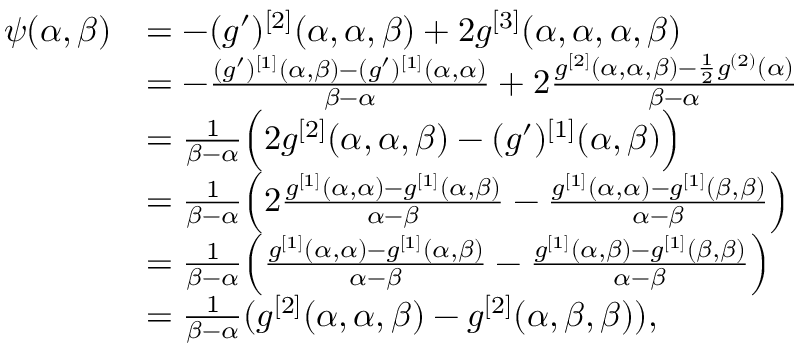
\begin{array} { r l } { \psi ( \alpha , \beta ) } & { = - ( g ^ { \prime } ) ^ { [ 2 ] } ( \alpha , \alpha , \beta ) + 2 g ^ { [ 3 ] } ( \alpha , \alpha , \alpha , \beta ) } \\ & { = - \frac { ( g ^ { \prime } ) ^ { [ 1 ] } ( \alpha , \beta ) - ( g ^ { \prime } ) ^ { [ 1 ] } ( \alpha , \alpha ) } { \beta - \alpha } + 2 \frac { g ^ { [ 2 ] } ( \alpha , \alpha , \beta ) - \frac { 1 } { 2 } g ^ { ( 2 ) } ( \alpha ) } { \beta - \alpha } } \\ & { = \frac { 1 } { \beta - \alpha } \Big ( 2 g ^ { [ 2 ] } ( \alpha , \alpha , \beta ) - ( g ^ { \prime } ) ^ { [ 1 ] } ( \alpha , \beta ) \Big ) } \\ & { = \frac { 1 } { \beta - \alpha } \Big ( 2 \frac { g ^ { [ 1 ] } ( \alpha , \alpha ) - g ^ { [ 1 ] } ( \alpha , \beta ) } { \alpha - \beta } - \frac { g ^ { [ 1 ] } ( \alpha , \alpha ) - g ^ { [ 1 ] } ( \beta , \beta ) } { \alpha - \beta } \Big ) } \\ & { = \frac { 1 } { \beta - \alpha } \Big ( \frac { g ^ { [ 1 ] } ( \alpha , \alpha ) - g ^ { [ 1 ] } ( \alpha , \beta ) } { \alpha - \beta } - \frac { g ^ { [ 1 ] } ( \alpha , \beta ) - g ^ { [ 1 ] } ( \beta , \beta ) } { \alpha - \beta } \Big ) } \\ & { = \frac { 1 } { \beta - \alpha } ( g ^ { [ 2 ] } ( \alpha , \alpha , \beta ) - g ^ { [ 2 ] } ( \alpha , \beta , \beta ) ) , } \end{array}